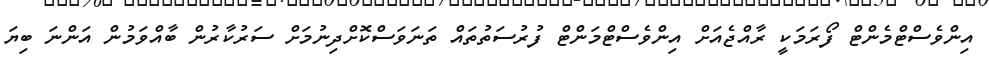
އިންވެސްޓްމެންޓް ފޯރަމަކީ ރާއްޖެއަށް އިންވެސްޓްމަންޓް ފުރުސަތުތައް ތަނަވަސްކޮށްދިނުމަށް ސަރުކާރުން ބާއްވަމުން އަންނަ ބިޔަ